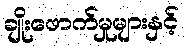
ချိုးဖောက်မှုများနှင့်